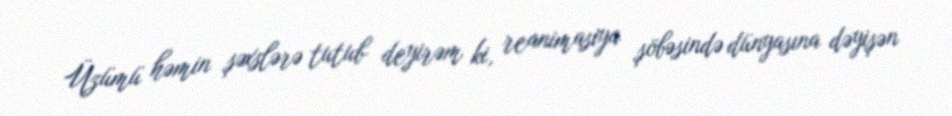
Üzümü həmin şəxslərə tutub deyirəm ki, reanimasiya şöbəsində dünyasına dəyişən